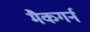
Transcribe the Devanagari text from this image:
मैकगर्न